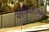
અલમારીઓ